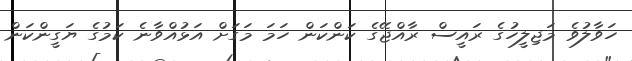
ހަވާލުވެ މަޖިލީހުގެ ރައީސް ރާއްޖޭގެ ކަންކަން ހަމަ މަގަށް އަޅުއްވާނެ ކަމުގެ ޔަގީންކަން